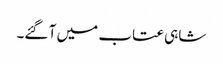
شاہی عتاب میں آ گئے۔